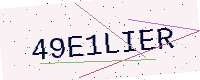
Text: 49E1LIER